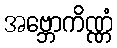
အဗ္ဘောကိဏ္ဏံ